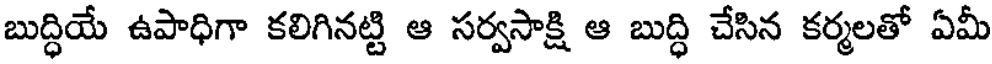
బుద్ధియే ఉపాధిగా కలిగినట్టి ఆ సర్వసాక్షి ఆ బుద్ధి చేసిన కర్మలతో ఏమీ